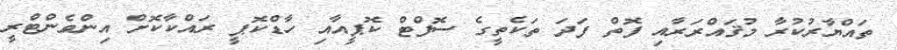
ތައްޔާރުކުރާ މުޤައްރަރާއި ފޮތް ފަދަ ތަކެތީގެ ސޮފްޓް ކޮޕީއާއި ހާޑްކޮޕީ ރައްކާކޮށް އިންވެންޓްރީ